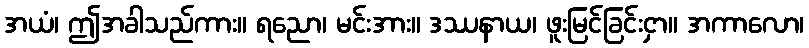
အယံ၊ ဤအခါသည်ကား။ ရညော၊ မင်းအား။ ဒဿနာယ၊ ဖူးမြင်ခြင်းငှာ။ အကာလော၊